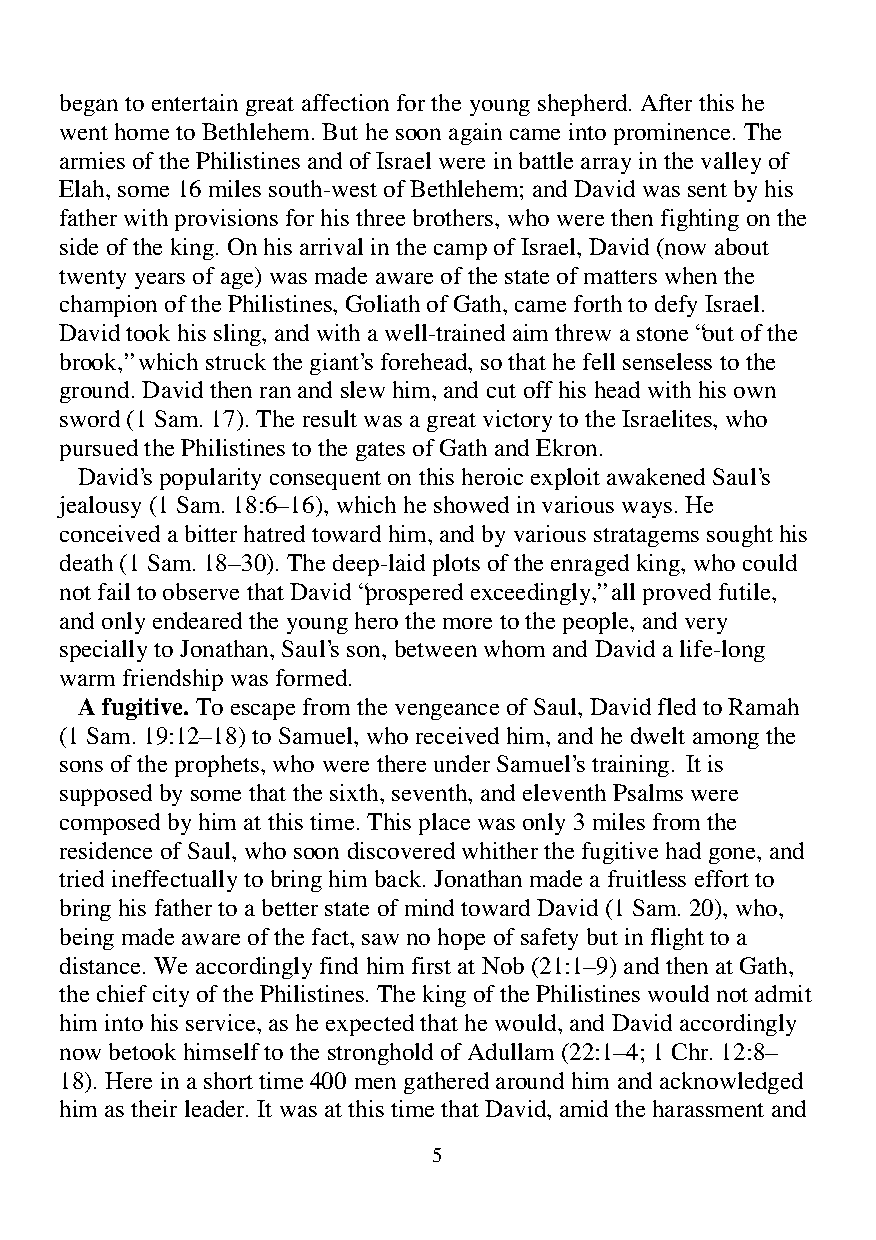
began to entertain great affection for the young shepherd. After this he
 went home to Bethlehem. But he soon again came into prominence. The
 armies of the Philistines and of Israel were in battle array in the valley of
 Elah, some 16 miles south-west of Bethlehem; and David was sent by his
 father with provisions for his three brothers, who were then fighting on the
 side of the king. On his arrival in the camp of Israel, David (now about
 twenty years of age) was made aware of the state of matters when the
 champion of the Philistines, Goliath of Gath, came forth to defy Israel.
 David took his sling, and with a well-trained aim threw a stone “out of the
 brook,” which struck the giant’s forehead, so that he fell senseless to the
 ground. David then ran and slew him, and cut off his head with his own
 sword (1 Sam. 17). The result was a great victory to the Israelites, who
 pursued the Philistines to the gates of Gath and Ekron.
 David’s popularity consequent on this heroic exploit awakened Saul’s
 jealousy (1 Sam. 18:6–16), which he showed in various ways. He
 conceived a bitter hatred toward him, and by various stratagems sought his
 death (1 Sam. 18–30). The deep-laid plots of the enraged king, who could
 not fail to observe that David “prospered exceedingly,” all proved futile,
 and only endeared the young hero the more to the people, and very
 specially to Jonathan, Saul’s son, between whom and David a life-long
 warm friendship was formed.
 A fugitive. To escape from the vengeance of Saul, David fled to Ramah
 (1 Sam. 19:12–18) to Samuel, who received him, and he dwelt among the
 sons of the prophets, who were there under Samuel’s training. It is
 supposed by some that the sixth, seventh, and eleventh Psalms were
 composed by him at this time. This place was only 3 miles from the
 residence of Saul, who soon discovered whither the fugitive had gone, and
 tried ineffectually to bring him back. Jonathan made a fruitless effort to
 bring his father to a better state of mind toward David (1 Sam. 20), who,
 being made aware of the fact, saw no hope of safety but in flight to a
 distance. We accordingly find him first at Nob (21:1–9) and then at Gath,
 the chief city of the Philistines. The king of the Philistines would not admit
 him into his service, as he expected that he would, and David accordingly
 now betook himself to the stronghold of Adullam (22:1–4; 1 Chr. 12:8–
 18). Here in a short time 400 men gathered around him and acknowledged
 him as their leader. It was at this time that David, amid the harassment and
 5